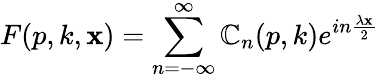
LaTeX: F(p,k,\mathbf{x})=\sum_{n=-\infty}^{\infty}\mathbb{C}_{n}(p,k)e^{in\frac{{\lambda\mathbf{x}}}{{2}}}